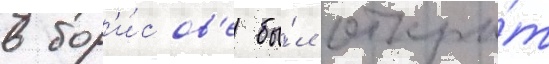
в бор'и́сов'е бы́л откры́т